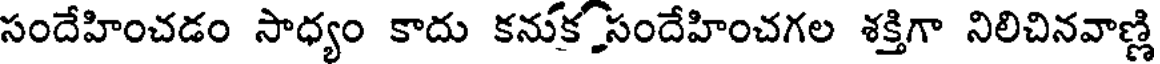
సందేహించడం సాధ్యం కాదు కనుకసందేహించగల శక్తిగా నిలిచినవాణ్ణి